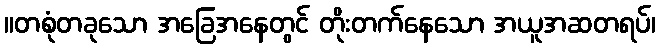
။တစုံတခုသော အခြေအနေတွင် တိုးတက်နေသော အယူအဆတရပ်၊